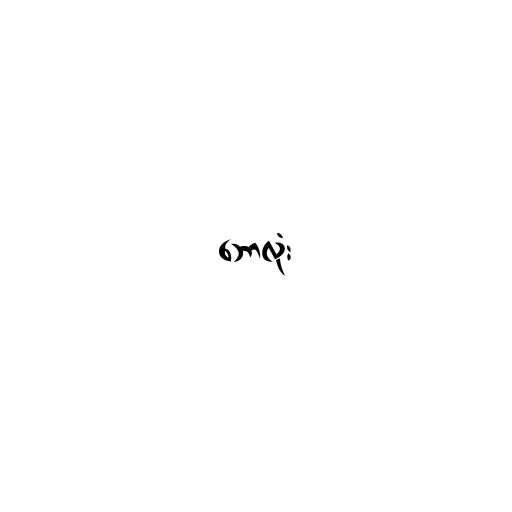
ဘောလုံး